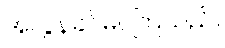
အလွန်ခင်မင်ကြသည်။